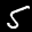
Label: 5